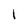
Character: l